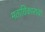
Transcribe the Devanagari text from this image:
मताधिकाराचा